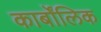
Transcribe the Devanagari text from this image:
कार्बोंलिक